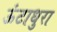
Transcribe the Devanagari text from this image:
ऊंटाधुरा